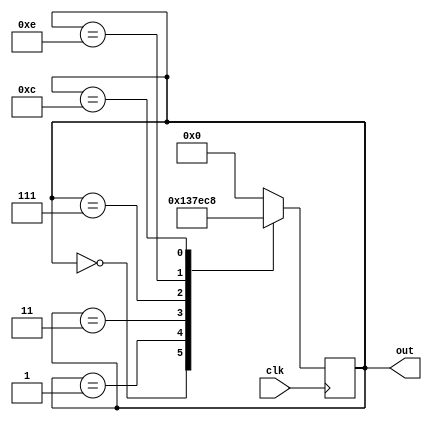
module johnson_counter(
    input clk,
    output reg [3:0] out
);

reg [3:0] next_state;

always @ (posedge clk) begin
    case (out)
        4'b0000: next_state = 4'b0001;
        4'b0001: next_state = 4'b0011;
        4'b0011: next_state = 4'b0111;
        4'b0111: next_state = 4'b1110;
        4'b1110: next_state = 4'b1100;
        4'b1100: next_state = 4'b1000;
        4'b1000: next_state = 4'b0000;
        default: next_state = 4'b0000;
    endcase
    
    out <= next_state;
end

endmodule